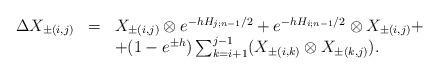
LaTeX: \begin{align*}\begin{array}{lcl}\Delta X_{\pm (i,j)} & = & X_{\pm (i,j)} \otimes e^{-hH_{j;n-1}/2} + e^{-hH_{i;n-1}/2} \otimes X_{\pm (i,j)}+ \\ & & + (1-e^{\pm h})\sum_{k=i+1}^{j-1} (X_{\pm (i,k)} \otimes X_{\pm (k,j)} ).\end{array}\end{align*}